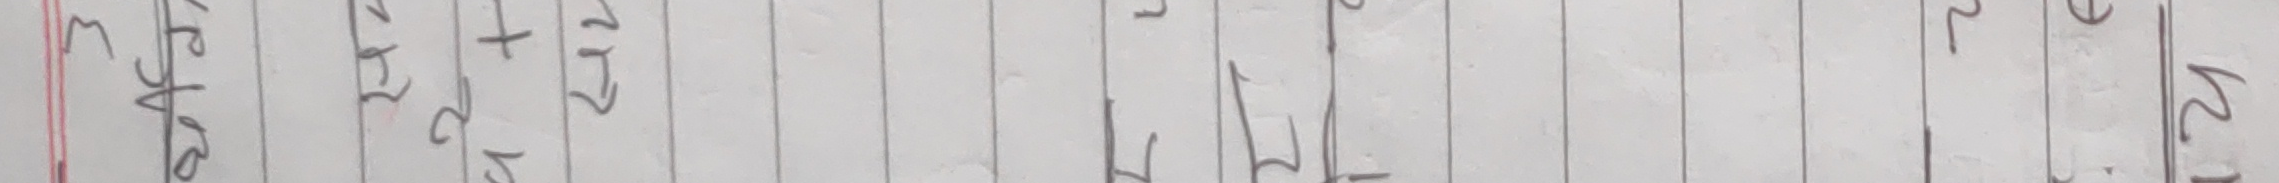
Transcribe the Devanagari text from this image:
३
१
५
२
८
+ १ १
३ ७ ७
७ २ २
४ ४ ९